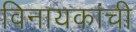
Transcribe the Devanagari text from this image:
विनायकांची